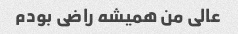
عالی من همیشه راضی بودم